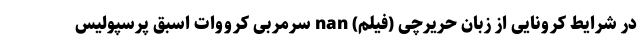
در شرایط کرونایی از زبان حریرچی (فیلم) nan سرمربی کرووات اسبق پرسپولیس